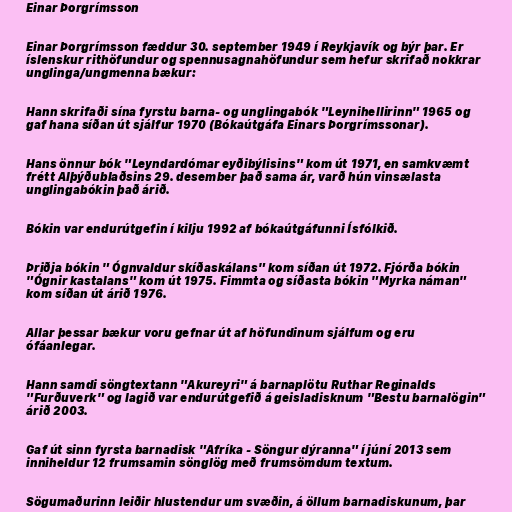
Einar Þorgrímsson

Einar Þorgrímsson fæddur 30. september 1949 í Reykjavík og býr þar. Er
íslenskur rithöfundur og spennusagnahöfundur sem hefur skrifað nokkrar
unglinga/ungmenna bækur:

Hann skrifaði sína fyrstu barna- og unglingabók "Leynihellirinn" 1965 og
gaf hana síðan út sjálfur 1970 (Bókaútgáfa Einars Þorgrímssonar).

Hans önnur bók "Leyndardómar eyðibýlisins" kom út 1971, en samkvæmt
frétt Alþýðublaðsins 29. desember það sama ár, varð hún vinsælasta
unglingabókin það árið.

Bókin var endurútgefin í kilju 1992 af bókaútgáfunni Ísfólkið.

Þriðja bókin " Ógnvaldur skíðaskálans" kom síðan út 1972. Fjórða bókin
"Ógnir kastalans" kom út 1975. Fimmta og síðasta bókin "Myrka náman"
kom síðan út árið 1976.

Allar þessar bækur voru gefnar út af höfundinum sjálfum og eru
ófáanlegar.

Hann samdi söngtextann "Akureyri" á barnaplötu Ruthar Reginalds
"Furðuverk" og lagið var endurútgefið á geisladisknum "Bestu barnalögin"
árið 2003.

Gaf út sinn fyrsta barnadisk "Afríka - Söngur dýranna" í júní 2013 sem
inniheldur 12 frumsamin sönglög með frumsömdum textum.

Sögumaðurinn leiðir hlustendur um svæðin, á öllum barnadiskunum, þar